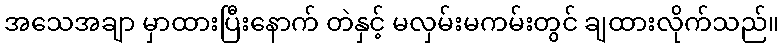
အသေအချာ မှာထားပြီးနောက် တဲနှင့် မလှမ်းမကမ်းတွင် ချထားလိုက်သည်။